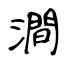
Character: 澗